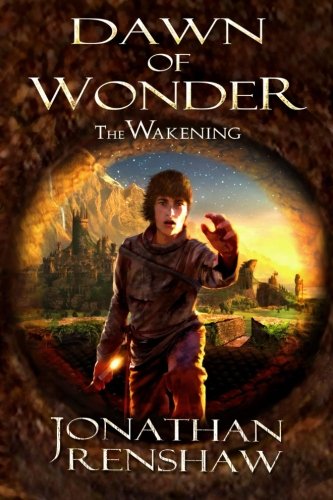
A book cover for Dawn of Wonder (The Wakening) (Volume 1); Jonathan Renshaw; Science Fiction & Fantasy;